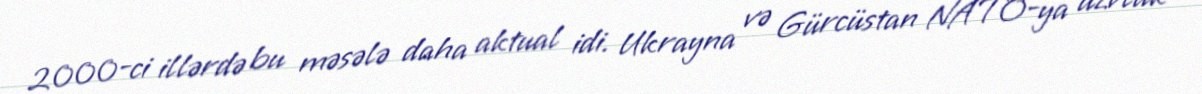
2000-ci illərdə bu məsələ daha aktual idi. Ukrayna və Gürcüstan NATO-ya üzvlük